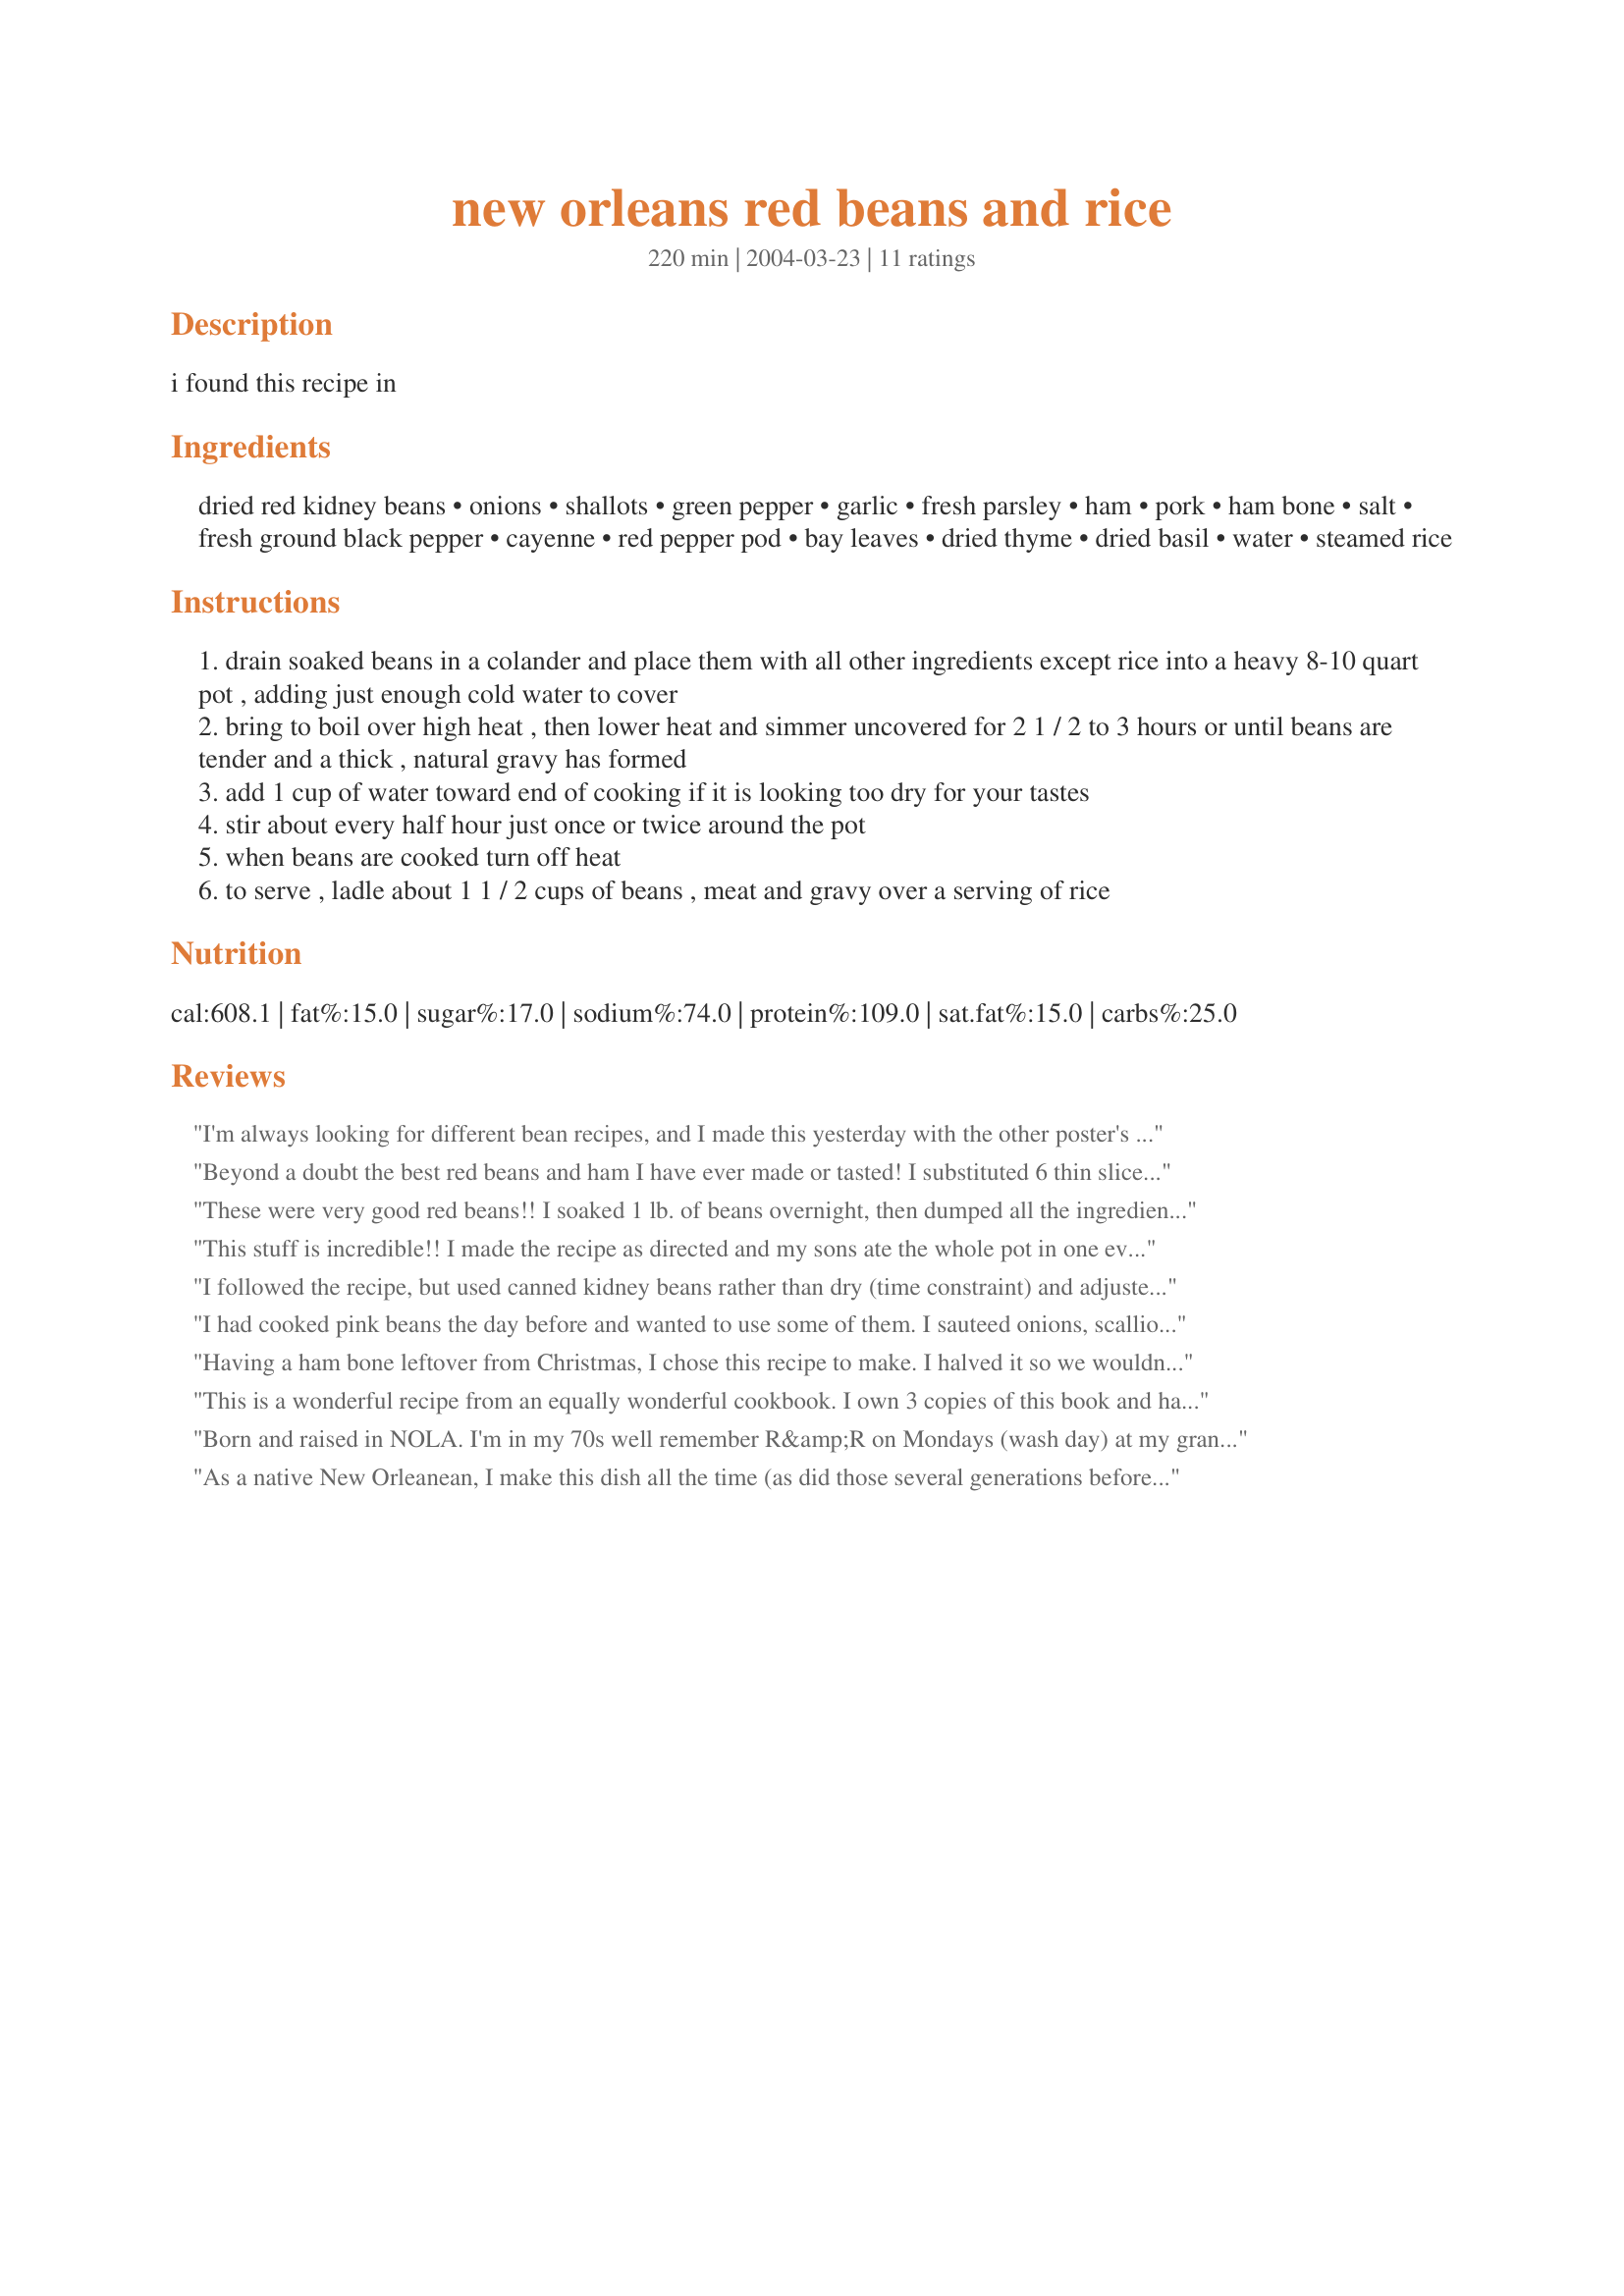
new orleans red beans and rice
Preparation time: 220 minutes

i found this recipe in

Ingredients:
dried red kidney beans, onions, shallots, green pepper, garlic, fresh parsley, ham, pork, ham bone, salt, fresh ground black pepper, cayenne, red pepper pod, bay leaves, dried thyme, dried basil, water, steamed rice

Steps:
drain soaked beans in a colander and place them with all other ingredients except rice into a heavy 8-10 quart pot , adding just enough cold water to cover
bring to boil over high heat , then lower heat and simmer uncovered for 2 1 / 2 to 3 hours or until beans are tender and a thick , natural gravy has formed
add 1 cup of water toward end of cooking if it is looking too dry for your tastes
stir about every half hour just once or twice around the pot
when beans are cooked turn off heat
to serve , ladle about 1 1 / 2 cups of beans , meat and gravy over a serving of rice

Reviews:
I'm always looking for different bean recipes, and I made this yesterday with the other poster's suggestion of adding celery and marjoram. Like others, I also used a bit of bacon and ham. It was really good! I will have to try the pickled pork. I"m way up north here, so I've never tried the real New Orleans stuff before.
Beyond a doubt the best red beans and ham I have ever made or tasted! I substituted 6 thin slices of bacon for the salt pork but otherwise followed the recipe. I took the suggestion and made this the night before. The next morning I sacrificed a few of the beans on top in order to remove the coagulated fat. I was surprised at how little fat there was. This is definitely not the typical New Orleans hot and spicey red beans and rice. It's mildly flavored and should be a big hit with kids. I've made a note to double the "heat" next time. An outstanding recipe. Thank you soooo much, Rev. Roy.
These were very good red beans!! I soaked 1 lb. of beans overnight, then dumped all the ingredients in a pot and let cook. SO EASY and tasty!! Thank you-
This stuff is incredible!! I made the recipe as directed and my sons ate the whole pot in one evening! The flavor is not too spicy, but still has a hint of bite to it. I'm going to try it with the Pickled Pork next time (#30250).
I followed the recipe, but used canned kidney beans rather than dry (time constraint) and adjusted the prep time/work...recipe worked wonderfully. The dish looked and tasted as good as any that I had eaten in New Orleans several times just a few weeks ago. Thanks and Kudos!
I had cooked pink beans the day before and wanted to use some of them. I sauteed onions, scallion tops, gr. pepper, garlic and parsley. Then added meats, other spices with beans and juices. Simmered for one hour to cook away some of the juices from the beans. Served with leftover rice and Recipe #109767. Not as spicy as I thought it was going to be but good. Froze the rest for lunches.
Having a ham bone leftover from Christmas, I chose this recipe to make. I halved it so we wouldn't be eating beans and rice for the next 2 months..lol. Even making half, it makes quite a lot. I followed the recipe exactly except for the pickled pork. That just doesn't appeal to me, but I'm sure it could add to the recipe. The cooking instructions were great, I had no problems. I liked it but still prefer another recipe I've made in the past. Thanks for posting.



This is a wonderful recipe from an equally wonderful cookbook. I own 3 copies of this book and have them stashed in various places so I'll always have a copy! I've made this recipe hundreds of times. I lived in NO 10 years and before I left I searched for a cookbook that had the most authentic NO recipes. This is THE best NO Red Beans & Rice recipe ever published! When I'm homesick for NO, I reach for this recipe! I'll be making it tomorrow with cornbread, sausage & cole slaw. I also leave out the basil and add celery. YUM!
Born and raised in NOLA. I'm in my 70s well remember R&amp;R on Mondays (wash day) at my grandmother's table. Kinda miss meatless Fridays (mostly all sea food)
As a native New Orleanean, I make this dish all the time (as did those several generations before me). My only suggestions would be to add 1 cup of chopped celery and substitute marjoram for the basil. It truly makes our Mondays special around here.
Using Salt Pork or even bacon will not give you the same effect. Its good but for the real deal here is a suggested recipe so that you can make your own (Pickle Meat aka Pickled Pork #30250) Try it, it is definately worth it! Other than that, this recipe is right on. I also am a fan of not using the basil but I would not sub anything for it, just omit it. I miss home now.
